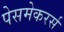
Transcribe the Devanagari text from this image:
पेसमेकरर्स